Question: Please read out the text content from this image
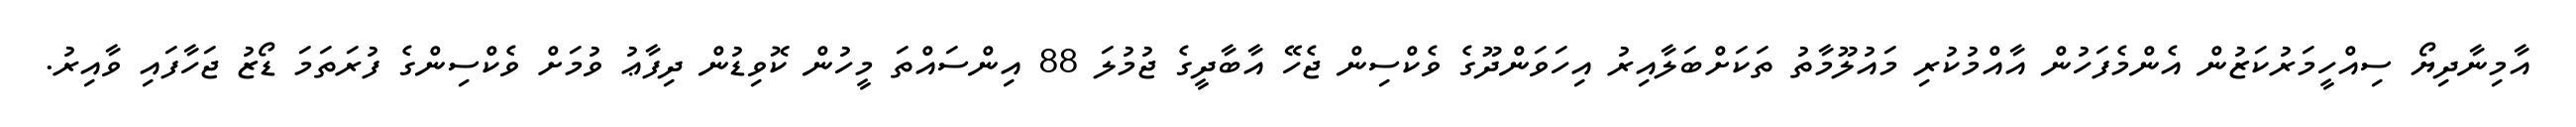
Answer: އާމިނާދިޔޯ ސިއްހީމަރުކަޒުން އެންމެފަހުން އާއްމުކުރި މައުލޫމާތު ތަކަށްބަލާއިރު އިހަވަންދޫގެ ވެކްސިން ޖެހޭ އާބާދީގެ ޖުމުލަ 88 އިންސައްތަ މީހުން ކޮވިޑުން ދިފާޢު ވުމަށް ވެކްސިންގެ ފުރަތަމަ ޑޯޒު ޖަހާފައި ވާއިރު.